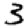
Digit: 3